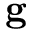
\mathbf { g }